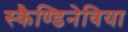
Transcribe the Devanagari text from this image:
स्कैण्डिनेविया